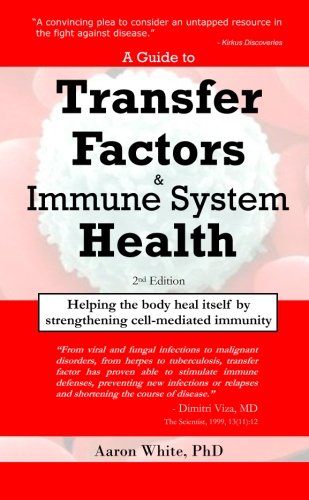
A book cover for A Guide to Transfer Factors and Immune System Health: 2nd edition, Helping the body heal itself by strengthening cell-mediated immunity; Aaron White PhD; Health, Fitness & Dieting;